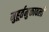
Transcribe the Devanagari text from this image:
मुहूर्तमुक्तावली